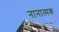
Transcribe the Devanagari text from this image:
नानात्मक